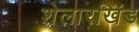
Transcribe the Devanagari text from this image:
शेलारखिंड